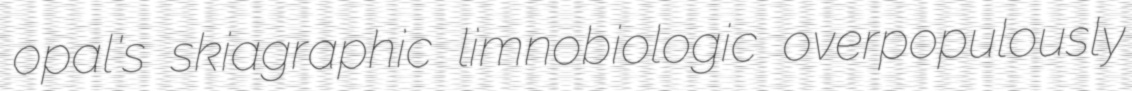
opal's skiagraphic limnobiologic overpopulously